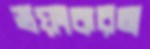
ভয়ংকরতা